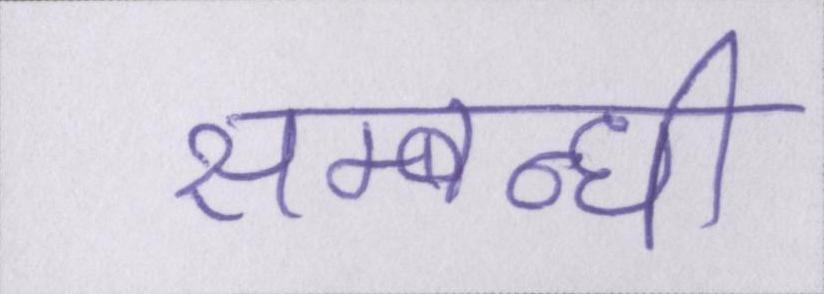
सम्बन्धी